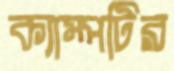
ক্যাম্পটির